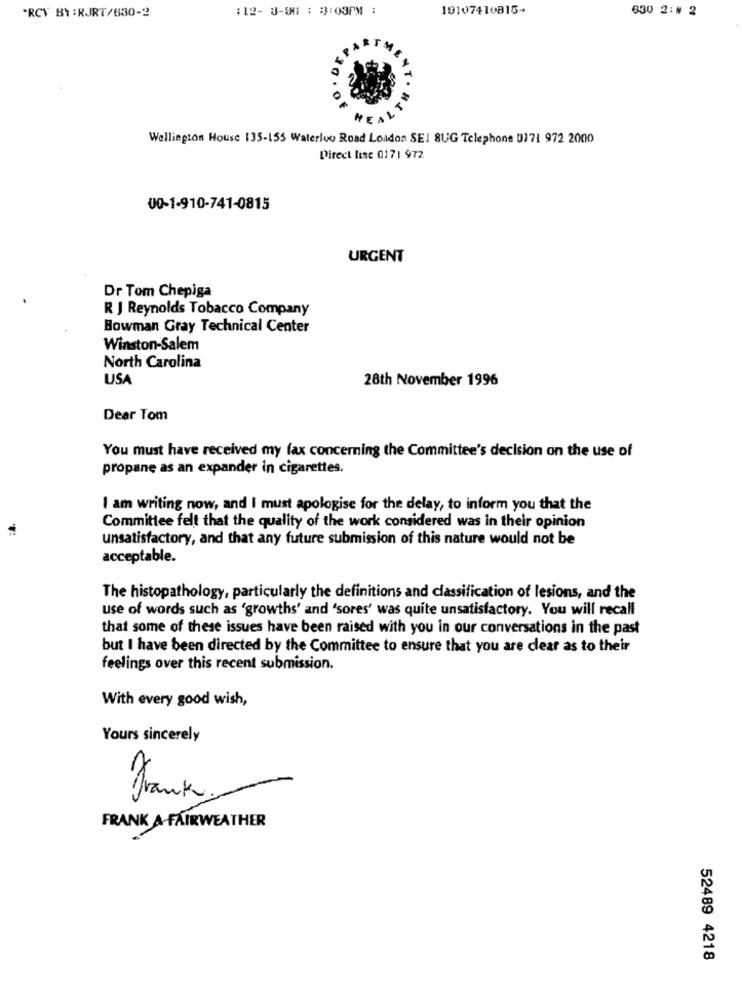
"RCV BY :RJRT/630-2
:12- 3-00 : 33:03PM :
10107410815+
630 2:# 2
Wellington House 135-155 Waterloo Road London SEI SUG Telephone 0171 972 2000
Direct line 0171 972
00-1-910-741-0815
URGENT
Dr Tom Chepiga
R J Reynolds Tobacco Company
Bowman Gray Technical Center
Winston-Salem
North Carolina
USA
28th November 1996
Dear Tom
You must have received my fax concerning the Committee's decision on the use of
propane as an expander in cigarettes.
I am writing now, and I must apologise for the delay, to inform you that the
Committee felt that the quality of the work considered was in their opinion
unsatisfactory, and that any future submission of this nature would not be
acceptable.
The histopathology, particularly the definitions and classification of lesions, and the
use of words such as 'growths' and 'sores' was quite unsatisfactory. You will recall
that some of these issues have been raised with you in our conversations in the past
but I have been directed by the Committee to ensure that you are clear as to their
feelings over this recent submission.
With every good wish,
Yours sincerely
Frank
FRANK A FAIRWEATHER
52489 4218